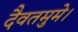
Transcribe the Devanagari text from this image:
दैवतमुमे।